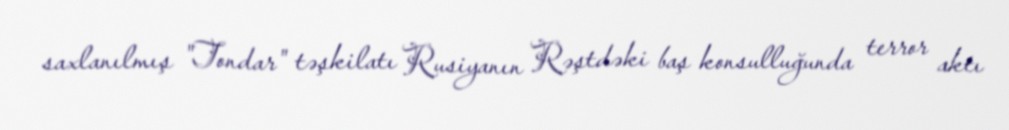
saxlanılmış "Tondar" təşkilatı Rusiyanın Rəştdəki baş konsulluğunda terror aktı